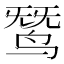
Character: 𬸓